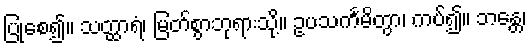
ပြုစေ၍။ သတ္ထာရံ၊ မြတ်စွာဘုရားသို့။ ဥပသင်္ကမိတွာ၊ ကပ်၍။ ဘန္တေ၊